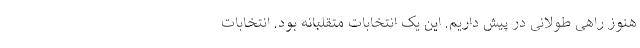
هنوز راهی طولانی در پیش داریم. این یک انتخابات متقلبانه بود. انتخابات